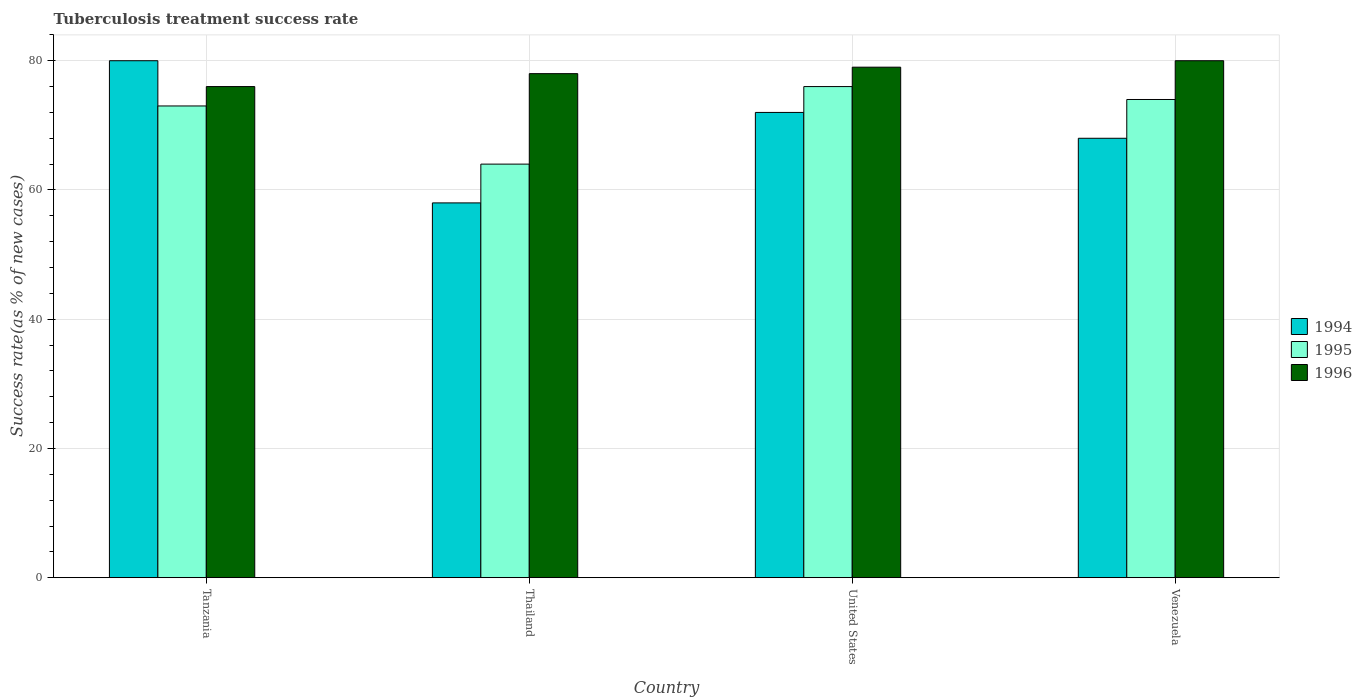
| Country | 1994 | 1995 | 1996 |
 | --- | --- | --- | --- |
 | Tanzania | 80 | 73 | 76 |
 | Thailand | 58 | 64 | 78 |
 | United States | 72 | 76 | 79 |
 | Venezuela | 68 | 74 | 80 |